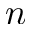
\ensuremath { n }